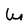
Character: W